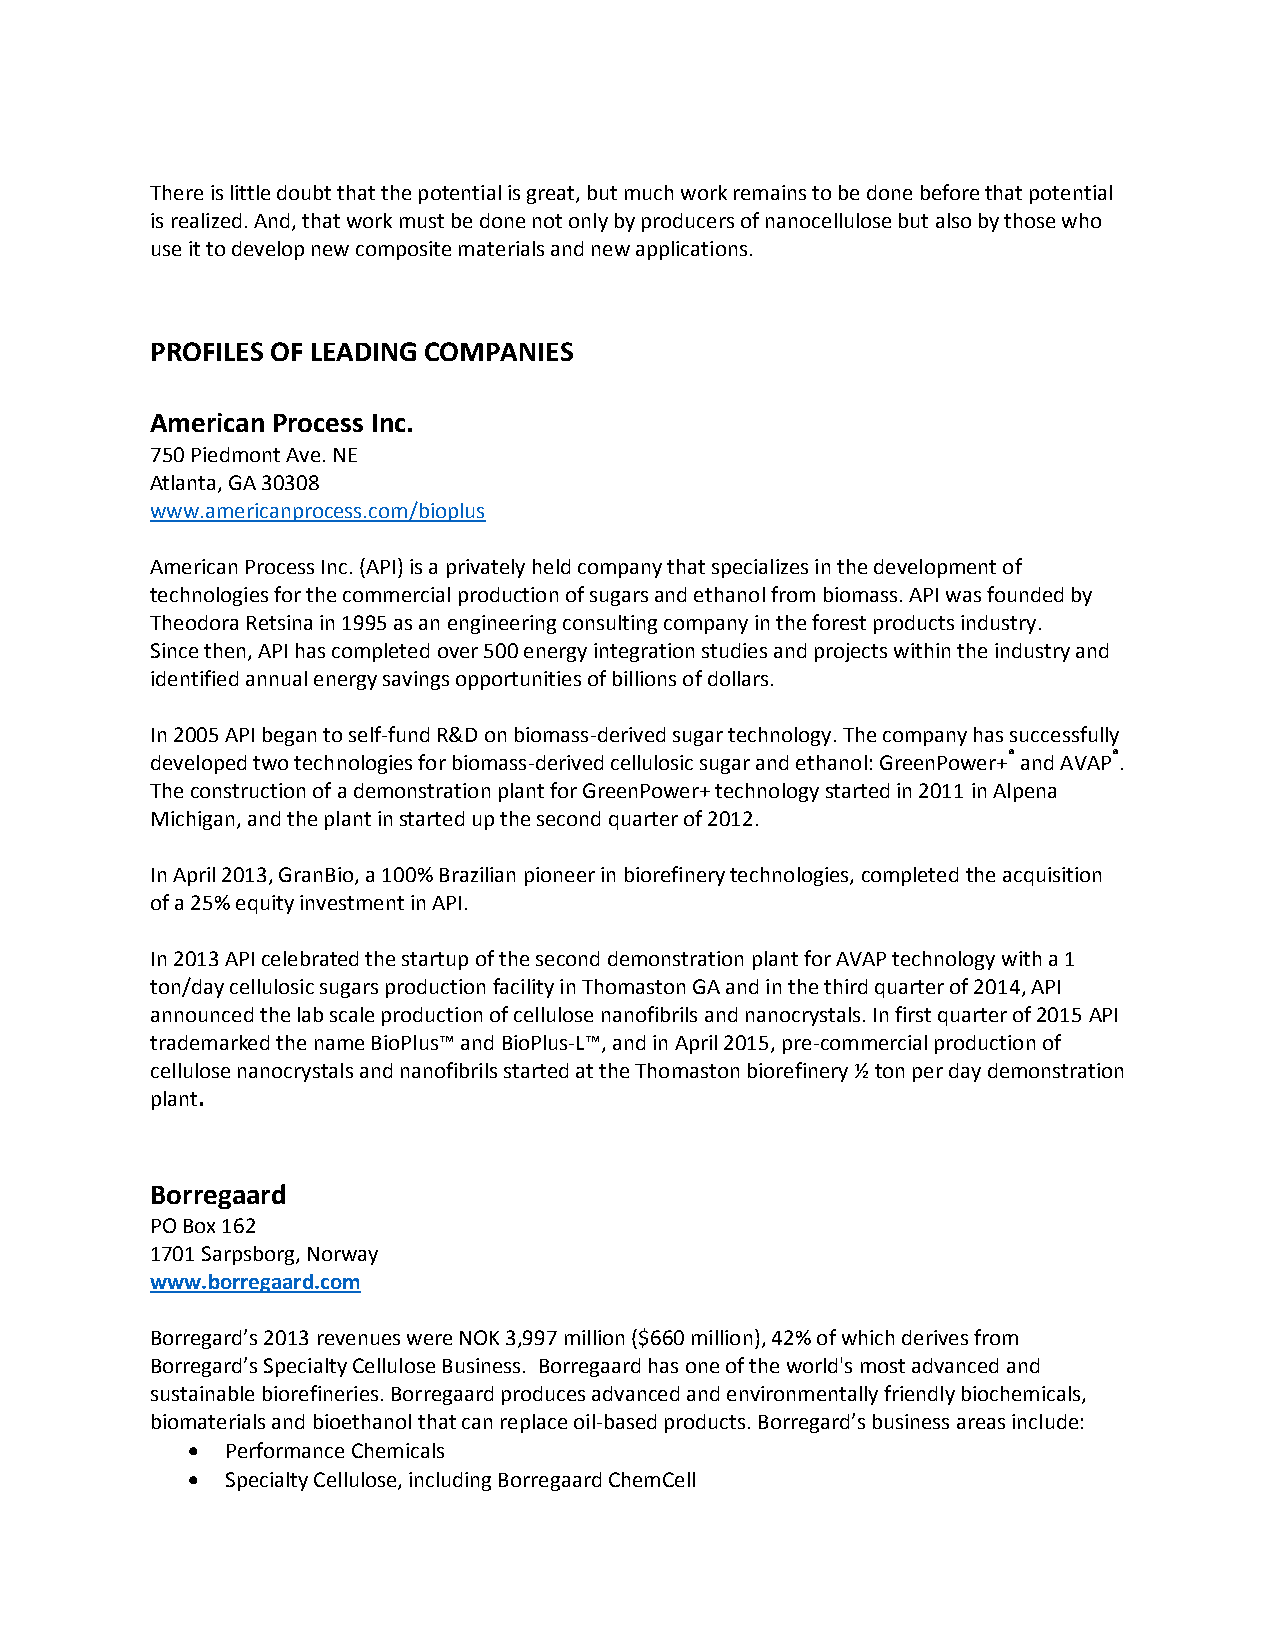
There is little doubt that the potential is great, but much work remains to be done before that potential
 is realized. And, that work must be done not only by producers of nanocellulose but also by those who
 use it to develop new composite materials and new applications.
 PROFILES OF LEADING COMPANIES
 American Process Inc.
 750 Piedmont Ave. NE
 Atlanta, GA 30308
 www.americanprocess.com/bioplus
 American Process Inc. (API) is a privately held company that specializes in the development of
 technologies for the commercial production of sugars and ethanol from biomass. API was founded by
 Theodora Retsina in 1995 as an engineering consulting company in the forest products industry.
 Since then, API has completed over 500 energy integration studies and projects within the industry and
 identified annual energy savings opportunities of billions of dollars.
 In 2005 API began to self-fund R&D on biomass-derived sugar technology. The company has successfully
 developed two technologies for biomass-derived cellulosic sugar and ethanol: GreenPower+® and AVAP®.
 The construction of a demonstration plant for GreenPower+ technology started in 2011 in Alpena
 Michigan, and the plant in started up the second quarter of 2012.
 In April 2013, GranBio, a 100% Brazilian pioneer in biorefinery technologies, completed the acquisition
 of a 25% equity investment in API.
 In 2013 API celebrated the startup of the second demonstration plant for AVAP technology with a 1
 ton/day cellulosic sugars production facility in Thomaston GA and in the third quarter of 2014, API
 announced the lab scale production of cellulose nanofibrils and nanocrystals. In first quarter of 2015 API
 trademarked the name BioPlus™ and BioPlus-L™, and in April 2015, pre-commercial production of
 cellulose nanocrystals and nanofibrils started at the Thomaston biorefinery ½ ton per day demonstration
 plant.
 Borregaard
 PO Box 162
 1701 Sarpsborg, Norway
 www.borregaard.com
 Borregard’s 2013 revenues were NOK 3,997 million ($660 million), 42% of which derives from
 Borregard’s Specialty Cellulose Business. Borregaard has one of the world's most advanced and
 sustainable biorefineries. Borregaard produces advanced and environmentally friendly biochemicals,
 biomaterials and bioethanol that can replace oil-based products. Borregard’s business areas include:
   Performance Chemicals
   Specialty Cellulose, including Borregaard ChemCell